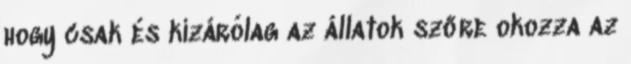
hogy csak és kizárólag az állatok szőre okozza az